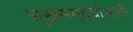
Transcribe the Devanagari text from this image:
सुखसमृद्धीसाठी